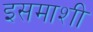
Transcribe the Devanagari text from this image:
इसमाशी